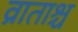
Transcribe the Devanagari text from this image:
व्राताश्च